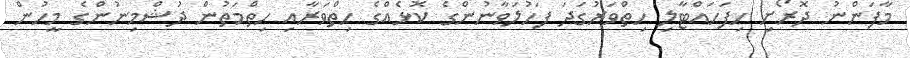
މާފަންނު ދޮރޯށި ހިފަހައްޓާލި ހިތްވަރުގަދަ ފަހުލަވާނުންގެ ކޮޅެއްގެ ހިތްވަރާއި ހިތްމަތުން ދުޝްމިނުންގެ މީހުން